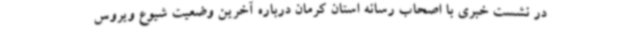
در نشست خبری با اصحاب رسانه استان کرمان درباره آخرین وضعیت شیوع ویروس